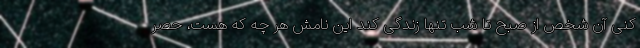
کنی آن شخص از صبح تا شب تنها زندگی کند این نامش هر چه که هست، حَصر